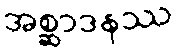
အစ္ဆာဒနဿ